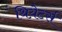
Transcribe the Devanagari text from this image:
थिय़ेटर्स